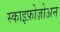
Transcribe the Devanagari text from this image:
स्काइफ़ोज़ोअन